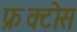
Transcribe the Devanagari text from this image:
फ्रक्टोस